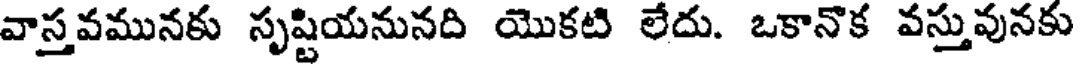
వాస్తవమునకు సృష్టియనునది యొకటి లేదు. ఒకానొక వస్తువునకు